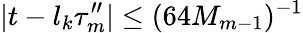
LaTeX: |t-l_{k}\tau_{m}^{\prime\prime}|\leq(64M_{m-1})^{-1}